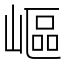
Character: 嶇